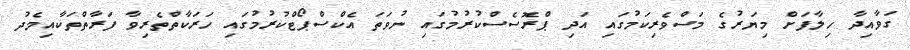
ގަވާއިދާ ހިލާފަށް މިޔަރުގެ މަސްވެރިކަމުގައި އަދި ޕްރޮސެސްކުރުމުގައި ނުވަތަ އެކްސްޕޯޓްކުރުމުގައި ހަރަކާތްތެރިވާ ފަރާތްތަކާއިމެދު